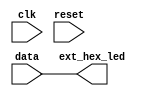
/*
  Copyright (c) 2015, miya
  All rights reserved.

  Redistribution and use in source and binary forms, with or without modification, are permitted provided that the following conditions are met:

  1. Redistributions of source code must retain the above copyright notice, this list of conditions and the following disclaimer.

  2. Redistributions in binary form must reproduce the above copyright notice, this list of conditions and the following disclaimer in the documentation and/or other materials provided with the distribution.
 
  THIS SOFTWARE IS PROVIDED BY THE COPYRIGHT HOLDERS AND CONTRIBUTORS "AS IS" AND ANY EXPRESS OR IMPLIED WARRANTIES, INCLUDING, BUT NOT LIMITED TO, THE IMPLIED WARRANTIES OF MERCHANTABILITY AND FITNESS FOR A PARTICULAR PURPOSE ARE DISCLAIMED.
  IN NO EVENT SHALL THE COPYRIGHT OWNER OR CONTRIBUTORS BE LIABLE FOR ANY DIRECT, INDIRECT, INCIDENTAL, SPECIAL, EXEMPLARY, OR CONSEQUENTIAL DAMAGES (INCLUDING, BUT NOT LIMITED TO,
  PROCUREMENT OF SUBSTITUTE GOODS OR SERVICES; LOSS OF USE, DATA, OR PROFITS; OR BUSINESS INTERRUPTION) HOWEVER CAUSED AND ON ANY THEORY OF LIABILITY, WHETHER IN CONTRACT, STRICT LIABILITY, OR TORT (INCLUDING NEGLIGENCE OR OTHERWISE) ARISING IN ANY WAY OUT OF THE USE OF THIS SOFTWARE, EVEN IF ADVISED OF THE POSSIBILITY OF SUCH DAMAGE.
*/

module hex_led
  (
   input                clk,
   input                reset,
   input signed [31:0]  data,
   output signed [31:0] ext_hex_led
   );

  assign ext_hex_led = data;

endmodule